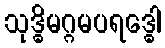
သုဒ္ဓိမဂ္ဂမပရဒ္ဓေါ